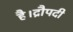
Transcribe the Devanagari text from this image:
है।द्रौपदी